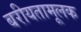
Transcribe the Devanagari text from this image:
बरीयतामूलक